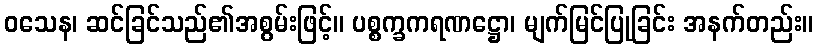
ဝသေန၊ ဆင်ခြင်သည်၏အစွမ်းဖြင့်။ ပစ္စက္ခကရဏဋ္ဌော၊ မျက်မြင်ပြုခြင်း အနက်တည်း။